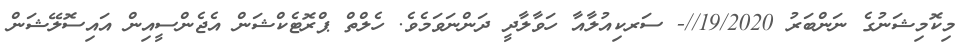
މިކޮމިޝަނުގެ ނަންބަރު 19/2020//- ސަރކިއުލާއާ ހަވާލާދީ ދަންނަވަމެވެ. ހެލްތް ޕްރޮޓެކްޝަން އެޖެންސީއިން އައިސޮލޭޝަން